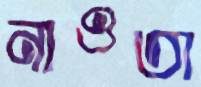
নাওতা